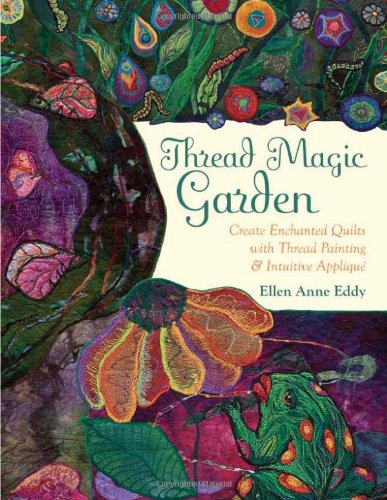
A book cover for Thread Magic Garden: Create Enchanted Quilts with Thread Painting & Pattern-Free AppliquÃ©; Ellen Anne Eddy; Crafts, Hobbies & Home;